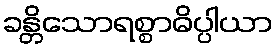
ခန္တိသောရစ္စာဓိပ္ပါယာ